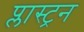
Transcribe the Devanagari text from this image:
प्लास्ट्रन